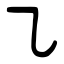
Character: ㇈